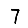
Digit: 7